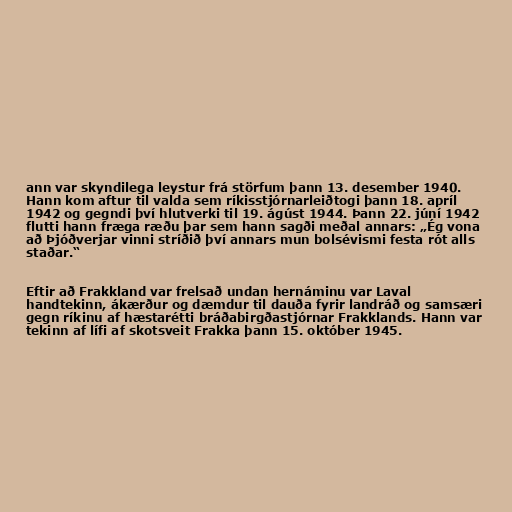
ann var skyndilega leystur frá störfum þann 13. desember 1940.
Hann kom aftur til valda sem ríkisstjórnarleiðtogi þann 18. apríl
1942 og gegndi því hlutverki til 19. ágúst 1944. Þann 22. júní 1942
flutti hann fræga ræðu þar sem hann sagði meðal annars: „Ég vona
að Þjóðverjar vinni stríðið því annars mun bolsévismi festa rót alls
staðar.“

Eftir að Frakkland var frelsað undan hernáminu var Laval
handtekinn, ákærður og dæmdur til dauða fyrir landráð og samsæri
gegn ríkinu af hæstarétti bráðabirgðastjórnar Frakklands. Hann var
tekinn af lífi af skotsveit Frakka þann 15. október 1945.